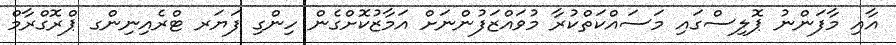
އާއި މާފަންނު ޕޮލިސްގައި މަސައްކަތްކުރާ މުވައްޒަފުންނަށް އަމާޒުކޮށްގެން ހިންގި ފަޔަރ ޓްރެއިނިންގ ޕްރޮގްރާމް